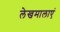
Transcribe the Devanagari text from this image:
लेखमालाएं